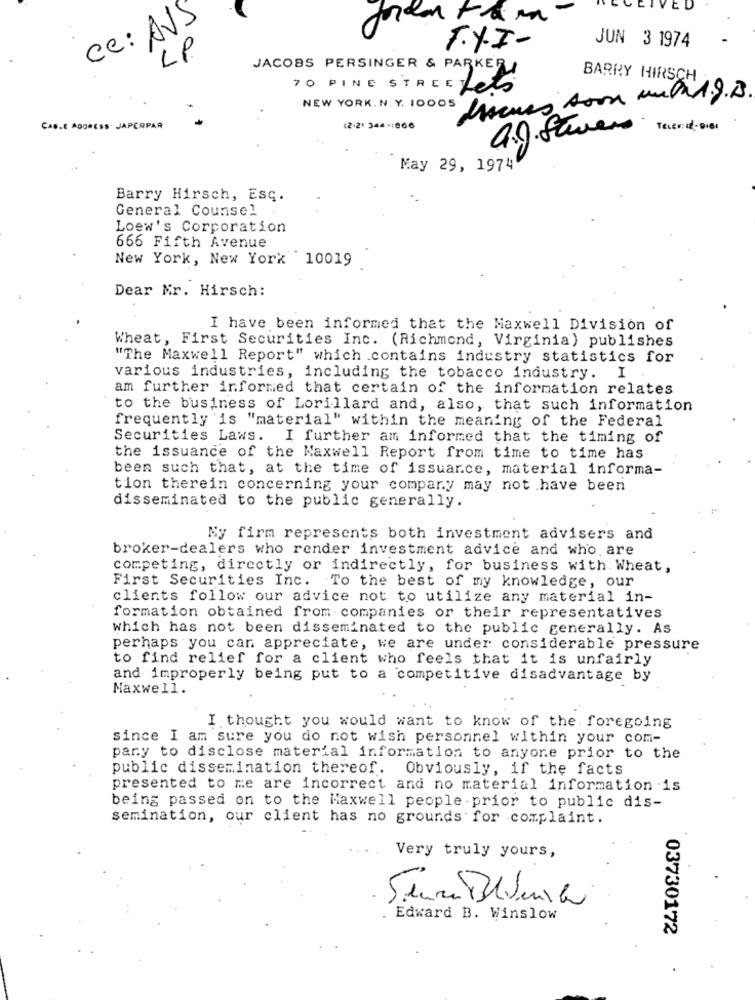
EL
ce: AVS
LP
F.Y.I-
JUN 3 1974
JACOBS PERSINGER & PARKER
BARRY HIRSCH
TO PINE STREE Lets
denes soon wald.g.s.
NEW YORK. N. Y. 10005
Cas.C ADDRESS. JAPERPAR
(2.21 346-1866
a.g. Severs
May 29, 1974
Barry Hirsch, Esq.
General Counsel .
Loew's Corporation
666 Fifth Avenue
New York, New York 10019
Dear Mr. Hirsch:
I have been informed that the Maxwell Division of
Wheat, First Securities Inc. (Richmond, Virginia) publishes
"The Maxwell Report" which contains industry statistics for
various industries, including the tobacco industry. I
am further informed that certain of the information relates
to the business of Lorillard and, also, that such information
frequently 'is "material" within the meaning of the Federal
Securities Laws. I further am informed that the timing of
the issuance of the Maxwell Report from time to time has
been such that, at the time of issuance, material informa-
tion therein concerning your company may not have been
disseminated to the public generally.
Ny firm represents both investment advisers and
broker-dealers who render investment advice and who are
competing, directly or indirectly, for business with. Wheat,
First Securities Inc. To the best of my knowledge, our
clients follow our advice not to utilize any material in-
formation obtained from companies or their representatives
which has not been disseminated to the public generally. As
perhaps you can appreciate, we are under considerable pressure
to find relief for a client who feels that it is unfairly
and improperly being put to a competitive disadvantage by
Maxwell.
I thought you would want to know of the foregoing
since I am sure you do not wish personnel within your com-
pary to disclose material information to anyone prior to the
public dissemination thereof. Obviously, if the facts
presented to me are incorrect and no material information is
being passed on to the Maxwell people prior to public dis-
semination, our client has no grounds for complaint.
Very truly yours,
Edward B. Winslow
03730172